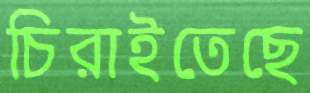
চিরাইতেছে